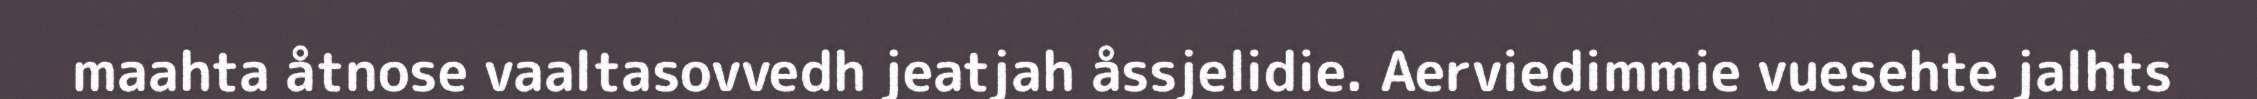
maahta åtnose vaaltasovvedh jeatjah åssjelidie. Aerviedimmie vuesehte jalhts